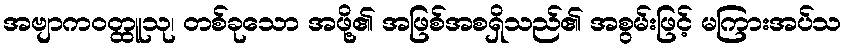
အဗျာကဝတ္ထူသု၊ တစ်ခုသော အဖို့၏ အဖြစ်အစရှိသည်၏ အစွမ်းဖြင့် မကြားအပ်သ